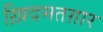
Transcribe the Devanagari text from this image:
ख़िदमतग़ार